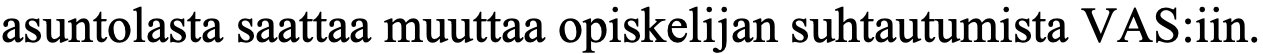
asuntolasta saattaa muuttaa opiskelijan suhtautumista VAS:iin.